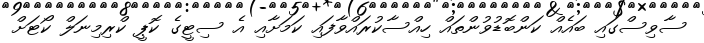
ސާވިސްގައި ބައެއް ކަންބޮޑުވުންތައް ހިއްސާކުރައްވާފައި ކަމަށާއި އެ ސިޓީގެ ކޮޕީ ކްރިމިނަލް ކޯޓަށް